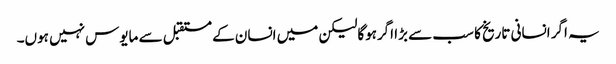
یہ اگر انسانی تاریخ کا سب سے بڑا اگرہوگالیکن میں انسان کے مستقبل سے مایوس نہیں ہوں۔